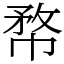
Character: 㡔